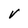
Character: V